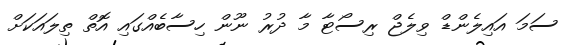
ސަމަ އައިލެންޑް ވިލެޖް ރިސޯޓާ މާ ދުރު ނޫން ހިސާބެއްގައި އޮތް ތިލައަކަށް